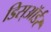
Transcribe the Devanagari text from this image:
डिस्ऑर्डर